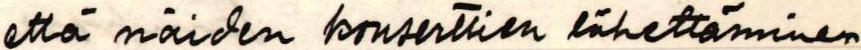
että näiden konserttien lähettäminen